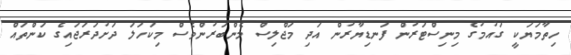
ހިތާމަޔަކީ ގައުމުގެ މިނިސްޓަރުން ފަނޑިޔާރުން އަދި މަޖްލިސް މެންބަރުންވެސް މިކަހަލަ ދަށުދަރަޖައިގެ ކަންތައް